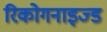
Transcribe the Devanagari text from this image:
रिकोगनाइज्ड